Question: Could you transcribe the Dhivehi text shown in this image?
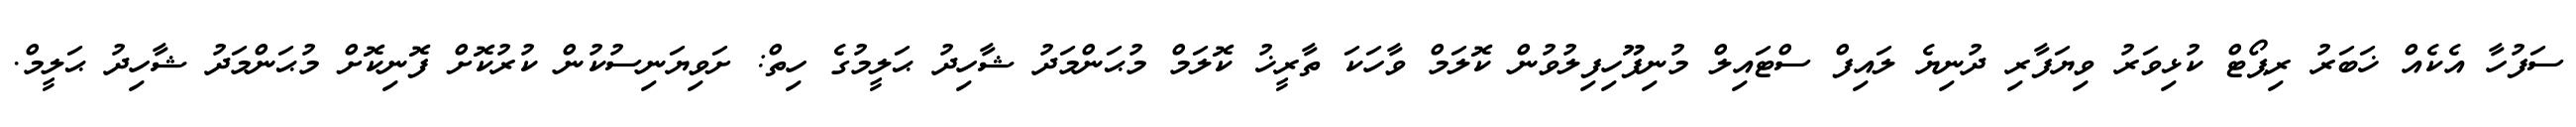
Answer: ސަފުހާ އެކެއް ޚަބަރު ރިޕޯޓް ކުޅިވަރު ވިޔަފާރި ދުނިޔެ ލައިފް ސްޓައިލް މުނިފޫހިފިލުވުން ކޮލަމް ވާހަކަ ތާރީޚު ކޮލަމް މުޙަންމަދު ޝާހިދު ޙަލީމުގެ ހިތް: ށަވިޔަނިސުކުން ކުރުކޮށް ފޮނިކޮށް މުޙަންމަދު ޝާހިދު ޙަލީމް.